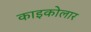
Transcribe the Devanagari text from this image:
काइकोलार